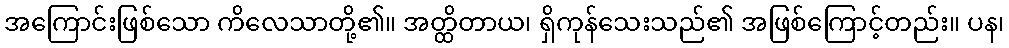
အကြောင်းဖြစ်သော ကိလေသာတို့၏။ အတ္ထိတာယ၊ ရှိကုန်သေးသည်၏ အဖြစ်ကြောင့်တည်း။ ပန၊